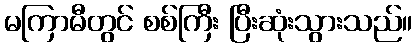
မကြာမီတွင် စစ်ကြီး ပြီးဆုံးသွားသည်။